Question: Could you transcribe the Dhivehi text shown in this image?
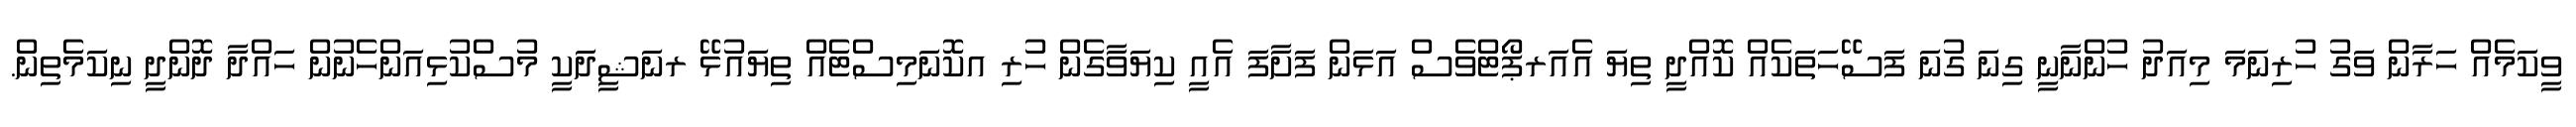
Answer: ވީކަމެއް ހަރާން ވަގު ހުރިނަމަ މިއަދު ހުންނާނީ ގިނަ ގުނަ ފަސޭހަތަކެއް ކޮއްދީ ތިޔަ އެއަރޕޯޓްވެސް އަޅަން ފަށާފަ އެއީ ކިޔަވާގެން ހުރި އކޮނަމިސްޓެއް ތިޔައުޅޭ ރނަޝީދަކީ މުސްކުޅިއަންހެނުން ހައްދާ ދޮންދީ ނިކަމެތިން.